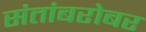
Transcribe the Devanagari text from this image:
संतांबरोबर